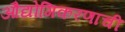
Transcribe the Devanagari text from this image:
औद्योगिकरणाची